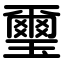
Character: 璽